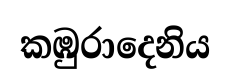
කඹුරාදෙනිය